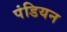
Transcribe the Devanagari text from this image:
पंडियन